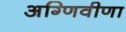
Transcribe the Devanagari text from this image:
अग्णिवीणा